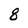
Character: 8